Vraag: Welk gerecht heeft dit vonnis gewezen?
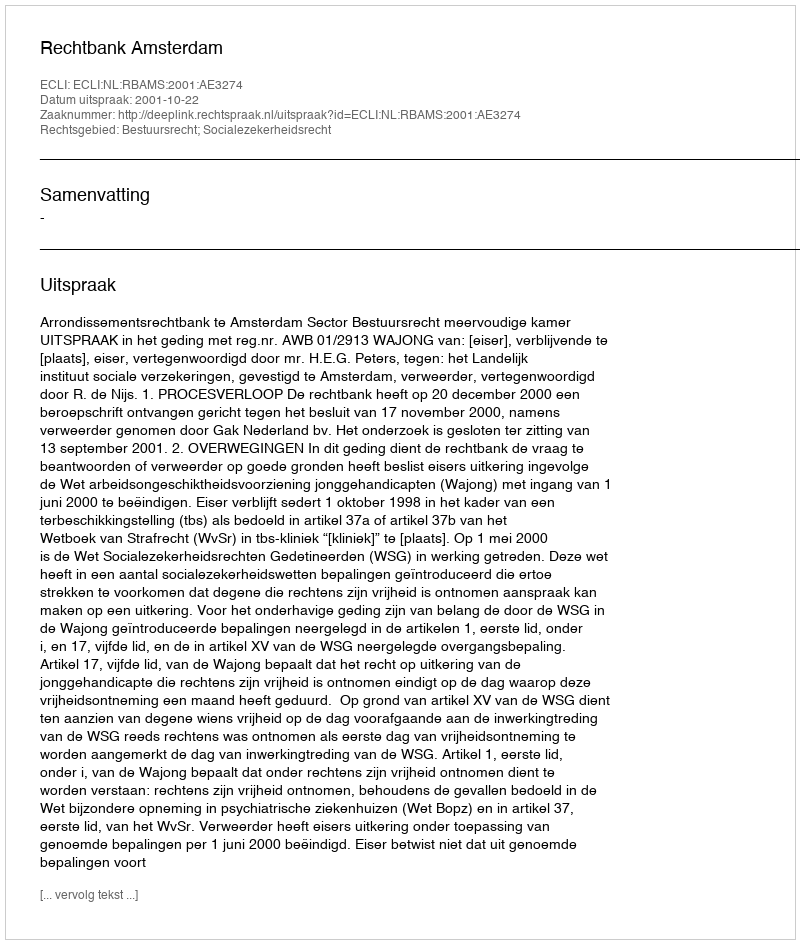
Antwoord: Rechtbank Amsterdam